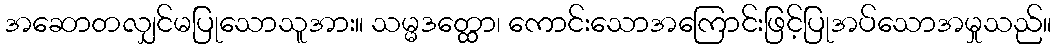
အဆောတလျှင်မပြုသောသူအား။ သမ္မဒတ္ထော၊ ကောင်းသောအကြောင်းဖြင့်ပြုအပ်သောအမှုသည်။